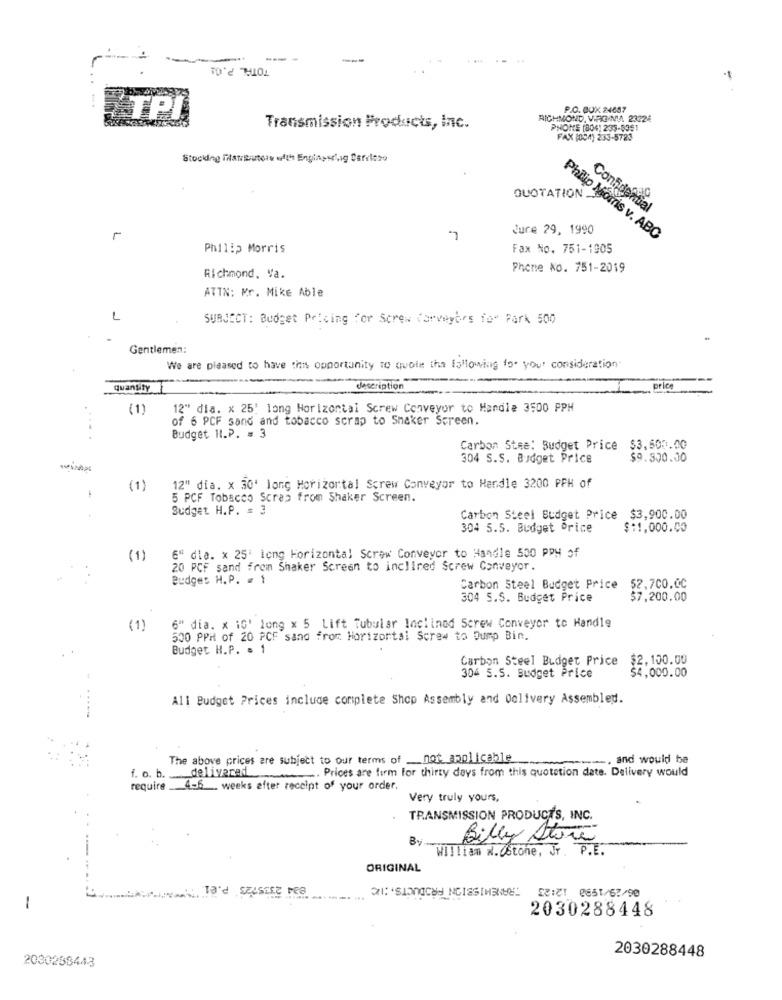
-
TOTAL P.01
---
.. .
P.O. BOX 24687
TP
RICHMOND, VIRGINIA 23226
Transmission Products, Inc.
PHONE (804) 233-5051
FAX (004) 233-5720
Stocking TAstrBirtore with Engineering Carrieso
QUOTATION .
Jure 29, 1990
r
Philip Morris v. ABC
Philip Morris
Fax No. 751-1905
Phone No. 751-2019
Richmond, Va.
ATTN: Mr. Mike Able
L
SUBJECT: Budget Pricing for Screw Corveyors for Park 500
Gentlemen:
We are pleased to have this opportunity to quote the following for your consideration
quantity
description
price
(1)
12" dia. x 25: long Horizontal Screw Conveyor to Handle 3500 PPH
of 6 PCF sand and tobacco scrap to Shaker Screen.
Budget HI.P. = 3
Carbon Stae: Budget Price $3,500.00
304 S.S. Budget Price
$9.300.00
(1)
12" dia. x 30' long Horizontal Screw Conveyor to Handle 3200 PPH of
5 PCF Tobacco Scrap from Shaker Screen.
Budget H.P. = 3
Carbon Steel Budget Price $3,900.00
304 5.5. Budget Price
$11.000.00
(1)
6" dia. x 25' long Horizontal Screw Conveyor to Handle 500 PPH of
20 PCF sand from Shaker Screen to inclined Screw Conveyor.
Budget H.P. . 1
Carbon Steel Budget Price 52,700.0℃
304 S.S. Budget Price
$7,200.00
(1)
6" dia. x 10' long x 5 Lift Tubular Inclined Screw Conveyor to Handle
500 PPH of 20 PCF sand from Horizontal Screw to Dump Bin.
Budget H.P. : 1
Carbon Steel Budget Price
$2,100.00
304 5.5. Budget Price
$4,000.00
Ali Budget Prices include complete Shop Assembly and Delivery Assembled.
The above prices are subject to our terms of __ not applicable
and would be
.. Prices are firm for thirty days from this quotetion date. Delivery would
f. o. b. delivered
require
4-6 . weeks after receipt of your order.
Very truly yours,
TRANSMISSION PRODUCTS, INC.
By.
Billy Store
William W.QStone, Jr. P.E.
ORIGINAL
TRANSMISSION PRODUCTS, : 1/C
, To'd SISTE MES
SE:21 0651/62/90
1
2030288448
2030288448
2030258443